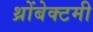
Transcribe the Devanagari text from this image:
थ्रोंबेक्टमी